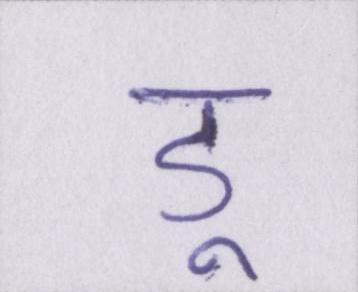
डू